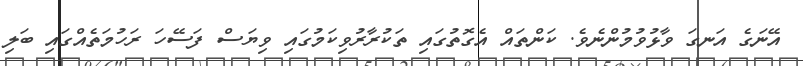
އޭނަގެ އަނގަ ވާޅުވުމުންނެވެ. ކަންތައް އެގޮތުގައި ތަކުރާރުވިކަމުގައި ވިޔަސް ފަސޭހަ ރަހުމަތެއްގައި ބަލި